Report of the Indian Hemp Drugs Commission, 1894-1895 - Volume III
Year: 1894
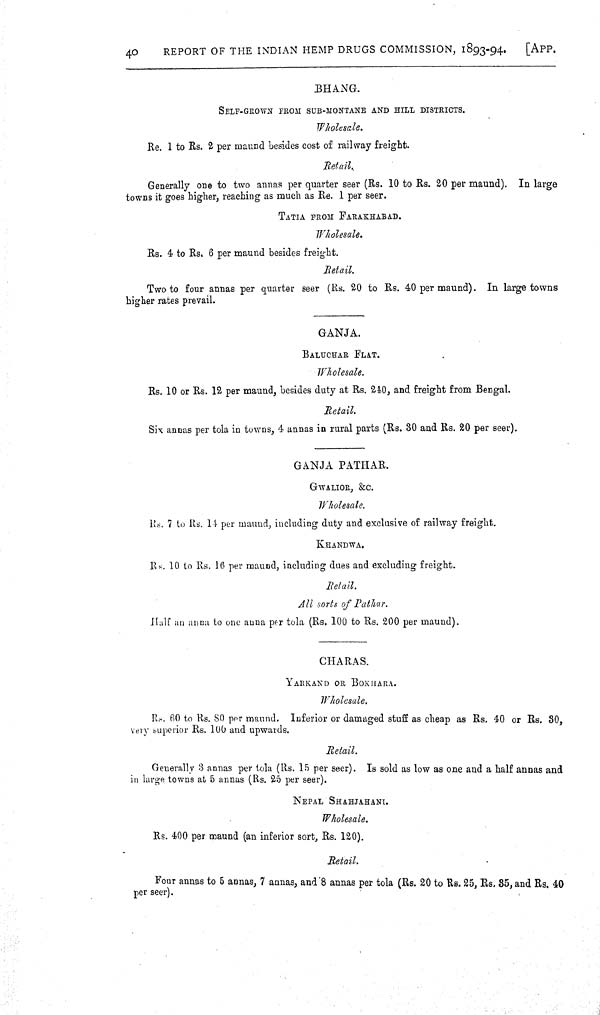
40
REPORT OF THE INDIAN HEMP DRUGS COMMISSION, 1893-94.
[APP.
BHANG.
SELF-GROWN FROM SUB-MONTANE AND HILL DISTRICTS.
Wholesale.
Re. 1 to Rs. 2 per maund besides cost of railway freight.
Retail.
Generally one to two annas per quarter seer (Rs. 10 to Rs. 20 per maund). In large
towns it goes higher, reaching as much as Re. 1 per seer.
TATIA FROM FARAKHABAD.
Wholesale.
Rs. 4 to Rs. 6 per maund besides freight.
Retail.
Two to four annas per quarter seer (Rs. 20 to Rs. 40 per maund). In large towns
higher rates prevail.
GANJA.
BALUCHAR FLAT
Wholesale.
Rs. 10 or Rs. 12 per maund, besides duty at Rs. 240, and freight from Bengal.
Retail.
Six annas per tola in towns, 4 annas in rural parts (Rs. 30 and Rs. 20 per seer).
GANJA PATHAR.
GWALIOR, &C.
Wholesale.
Rs. 7 to Rs. 14 per maund, including duty and exclusive of railway freight.
KHANDWA.
Rs. 10 to Rs. 16 per maund, including dues and excluding freight.
Retail.
All sorts of Pathar.
Half an anna to one anna per tola (Rs. 100 to Rs. 200 per maund).
CHARAS.
YARKAND OR BOKHARA.
Wholesale.
Rs. 60 to Rs. 80 per maund. Inferior or damaged stuff as cheap as Rs. 40 or Rs. 30,
very superior Rs. 100 and upwards.
Retail.
Generally 3 annas per tola (Rs. 15 per seer). Is sold as low as one and a half annas and
in large towns at 5 annas (Rs. 25 per seer).
NEPAL SHAHJAHANI.
Wholesale.
Rs. 400 per maund (an inferior sort, Rs. 120).
Retail.
Four annas to 5 annas, 7 annas, and 8 annas per tola (Rs. 20 to Rs. 25, Rs. 35, and Rs. 40
per seer).